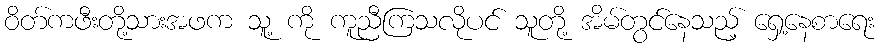
ဝိတ်ကဖီးတို့သားအဖက သူ့ ကို ကူညီကြသလိုပင် သူတို့ အိမ်တွင်နေသည့် ရှေ့နေစာရေး